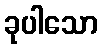
ခုပါသော